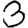
Digit: 3